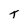
Character: T